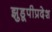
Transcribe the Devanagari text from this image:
झुडूपीप्रदेश